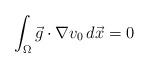
LaTeX: \begin{align*} \int_{\Omega}{\vec g \cdot \nabla v_0 \, d\vec x}=0 \end{align*}